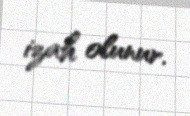
izah olunur.